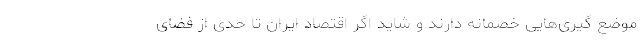
موضع گیری‌هایی خصمانه دارند و شاید اگر اقتصاد ایران تا حدی از فضای